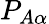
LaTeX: P_{A\alpha}